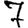
Digit: 7